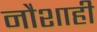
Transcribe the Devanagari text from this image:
नौशाही